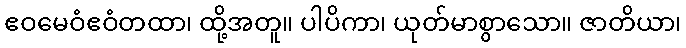
ဧဝမေဝံဧဝံတထာ၊ ထို့အတူ။ ပါပိကာ၊ ယုတ်မာစွာသော။ ဇာတိယာ၊